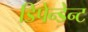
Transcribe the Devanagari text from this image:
डिपेन्डेन्ट